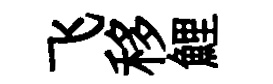
飞移鯉